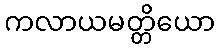
ကလာယမတ္တိယော